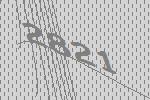
2821